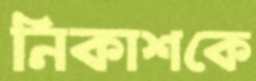
নিকাশকে